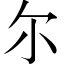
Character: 尔